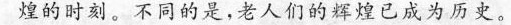
煌的时刻。不同的是，老人们的辉煌已成为历史。